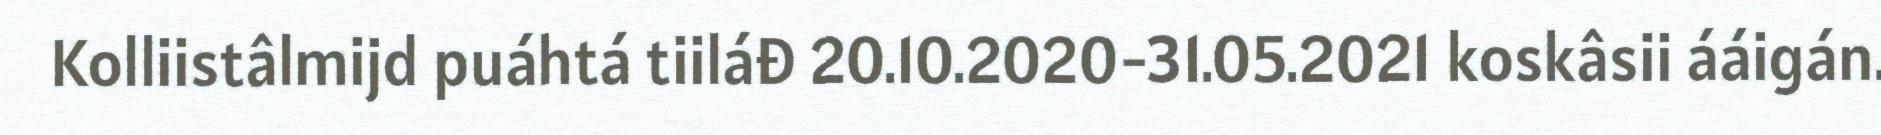
Kolliistâlmijd puáhtá tiiláđ 20.10.2020-31.05.2021 koskâsii ááigán.